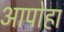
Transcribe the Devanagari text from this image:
आपोहा